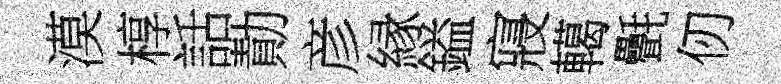
漠椁話勣彦縁鎰寢轕㲲仞